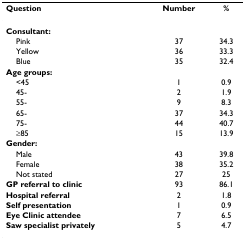
<table><thead><tr><td><b>Question</b></td><td><b>Number</b></td><td><b>%</b></td></tr></thead><tbody><tr><td><b>Consultant:</b></td><td>[EMPTY_CELL]</td><td>[EMPTY_CELL]</td></tr><tr><td> Pink</td><td>37</td><td>34.3</td></tr><tr><td> Yellow</td><td>36</td><td>33.3</td></tr><tr><td> Blue</td><td>35</td><td>32.4</td></tr><tr><td><b>Age groups:</b></td><td>[EMPTY_CELL]</td><td>[EMPTY_CELL]</td></tr><tr><td> &lt;45</td><td>1</td><td>0.9</td></tr><tr><td> 45-</td><td>2</td><td>1.9</td></tr><tr><td> 55-</td><td>9</td><td>8.3</td></tr><tr><td> 65-</td><td>37</td><td>34.3</td></tr><tr><td> 75-</td><td>44</td><td>40.7</td></tr><tr><td> ≥85</td><td>15</td><td>13.9</td></tr><tr><td><b>Gender:</b></td><td>[EMPTY_CELL]</td><td>[EMPTY_CELL]</td></tr><tr><td> Male</td><td>43</td><td>39.8</td></tr><tr><td> Female</td><td>38</td><td>35.2</td></tr><tr><td> Not stated</td><td>27</td><td>25</td></tr><tr><td><b>GP referral to clinic</b></td><td>93</td><td>86.1</td></tr><tr><td><b>Hospital referral</b></td><td>2</td><td>1.8</td></tr><tr><td><b>Self presentation</b></td><td>1</td><td>0.9</td></tr><tr><td><b>Eye Clinic attendee</b></td><td>7</td><td>6.5</td></tr><tr><td><b>Saw specialist privately</b></td><td>5</td><td>4.7</td></tr></tbody></table>